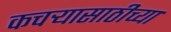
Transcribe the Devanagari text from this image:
कचऱ्यासाठीच्या